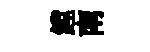
鏜南